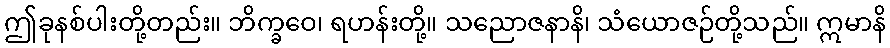
ဤခုနစ်ပါးတို့တည်း။ ဘိက္ခဝေ၊ ရဟန်းတို့။ သညောဇနာနိ၊ သံယောဇဉ်တို့သည်။ ဣမာနိ